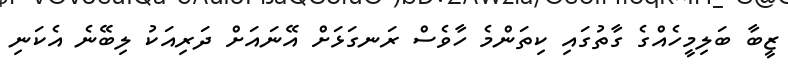
ޒީބާ ބަލިމީހެއްގެ ގާތުގައި ކިތަންމެ ހާވެސް ރަނގަޅަށް އޭނައަށް ދަރިއަކު ލިބޭނެ އެކަނި